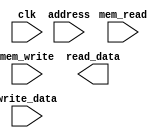
module DataMemory(clk, mem_write, mem_read, write_data, read_data, address);
input [31:0] address, write_data;
input mem_read, mem_write, clk;
output [31:0] read_data;

reg [31:0] memory[0:31];

always @(posedge clk) begin
    if(mem_write) memory[address] <= write_data;
    if(mem_read) memory[address] <= read_data;
end
endmodule